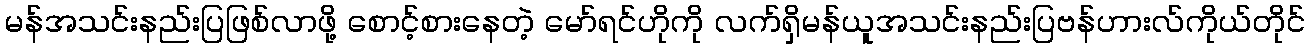
မန်အသင်းနည်းပြဖြစ်လာဖို့ စောင့်စားနေတဲ့ မော်ရင်ဟိုကို လက်ရှိမန်ယူအသင်းနည်းပြဗန်ဟားလ်ကိုယ်တိုင်